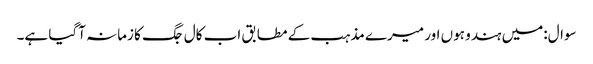
سوال:میں ہندو ہوں اور میرے مذہب کے مطابق اب کال جگ کا زمانہ آگیا ہے۔